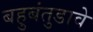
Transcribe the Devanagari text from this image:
बहुबंतुडावे